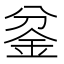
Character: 𰼡